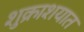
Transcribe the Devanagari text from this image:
शुक्राशयात